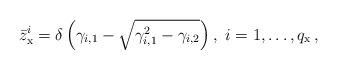
LaTeX: \begin{align*}\bar{z}_{\mathrm{x}}^i= \delta\left(\gamma_{i,1}-\sqrt{\gamma_{i,1}^2-\gamma_{i,2}} \right), \ i=1,\dots,q_{\mathrm{x}} \, ,\end{align*}